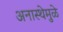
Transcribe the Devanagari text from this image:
अनास्थेमुळे